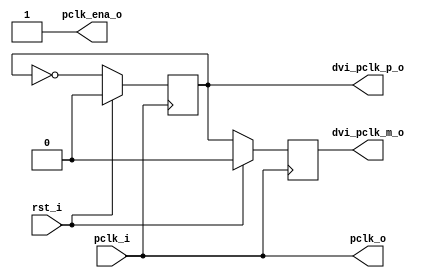
module vga_clkgen (
	pclk_i, rst_i, pclk_o, dvi_pclk_p_o, dvi_pclk_m_o, pclk_ena_o
);

	// inputs & outputs

	input  pclk_i;       // pixel clock in
	input  rst_i;        // reset input

	output pclk_o;       // pixel clock out

	output dvi_pclk_p_o; // dvi cpclk+ output
	output dvi_pclk_m_o; // dvi cpclk- output

	output pclk_ena_o;   // pixel clock enable output

	//
	// variable declarations
	//
	reg dvi_pclk_p_o;
	reg dvi_pclk_m_o;

	//////////////////////////////////
	//
	// module body
	//

	// These should be registers in or near IO buffers
	always @(posedge pclk_i)
	  if (rst_i) begin
	    dvi_pclk_p_o <= #1 1'b0;
	    dvi_pclk_m_o <= #1 1'b0;
	  end else begin
	    dvi_pclk_p_o <= #1 ~dvi_pclk_p_o;
	    dvi_pclk_m_o <= #1 dvi_pclk_p_o;
	  end


/* -----\/----- EXCLUDED -----\/-----
`ifdef VGA_12BIT_DVI
	// DVI circuit
	// pixel clock is half of the input pixel clock

	reg pclk_o, pclk_ena_o;

	always @(posedge pclk_i)
	  if (rst_i)
	    pclk_o <= #1 1'b0;
	  else
	    pclk_o <= #1 ~pclk_o;

	always @(posedge pclk_i)
	  if (rst_i)
	    pclk_ena_o <= #1 1'b1;
	  else
	    pclk_ena_o <= #1 ~pclk_ena_o;

`else
 -----/\----- EXCLUDED -----/\----- */
	// No DVI circuit
	// Simply reroute the pixel clock input

	assign pclk_o     = pclk_i;
	assign pclk_ena_o = 1'b1;
//`endif

endmodule